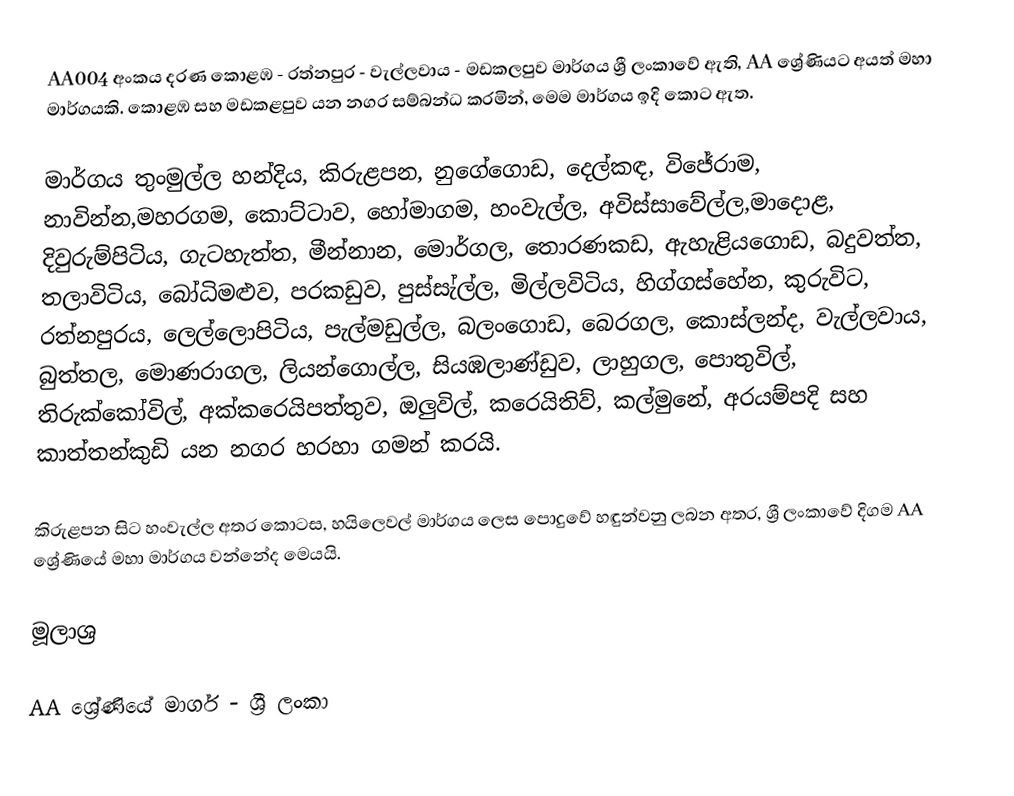
AA004 අංකය දරණ කොළඹ - රත්නපුර - වැල්ලවාය - මඩකලපුව මාර්ගය ශ්‍රී ලංකාවේ ඇති, AA ශ්‍රේණියට අයත් මහා මාර්ගයකි. කොළඹ සහ මඩකළපුව යන නගර සම්බන්ධ කරමින්, මෙම මාර්ගය ඉදි කොට ඇත.

මාර්ගය තුංමුල්ල හන්දිය, කිරුළපන, නුගේගොඩ, දෙල්කඳ, විජේරාම, නාවින්න,මහරගම, කොට්ටාව, හෝමාගම, හංවැල්ල, අවිස්සාවේල්ල,මාදොළ, දිවුරුම්පිටිය, ගැටහැත්ත, මීන්නාන, මොර්ගල, තොරණකඩ, ඇහැළියගොඩ, බදුවත්ත, තලාවිටිය, බෝධිමළුව, පරකඩුව, පුස්සැ්ල්ල, මිල්ලවිටිය, හිග්ගස්හේන, කුරුවිට, රත්නපුරය, ලෙල්ලොපිටිය, පැල්මඩුල්ල, බලංගොඩ, බෙරගල, කොස්ලන්ද, වැල්ලවාය, බුත්තල, මොණරාගල, ලියන්ගොල්ල, සියඹලාණ්ඩුව, ලාහුගල, පොතුවිල්, තිරුක්කෝවිල්, අක්කරෙයිපත්තුව, ඔලුවිල්, කරෙයිතිව්, කල්මුනේ, අරයම්පදි සහ කාත්තන්කුඩි යන නගර හරහා ගමන් කරයි.

කිරුළපන සිට හංවැල්ල අතර කොටස, හයිලෙවල් මාර්ගය ලෙස පොදුවේ හඳුන්වනු ලබන අතර, ශ්‍රී ලංකාවේ දිගම AA ශ්‍රේණියේ මහා මාර්ගය වන්නේද මෙයයි.

මූලාශ්‍ර

AA ශ්‍රේණියේ මාර්ග - ශ්‍රී ලංකා